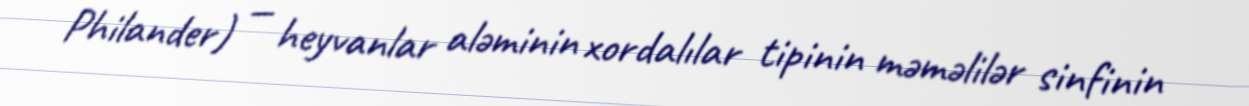
Philander) — heyvanlar aləminin xordalılar tipinin məməlilər sinfinin